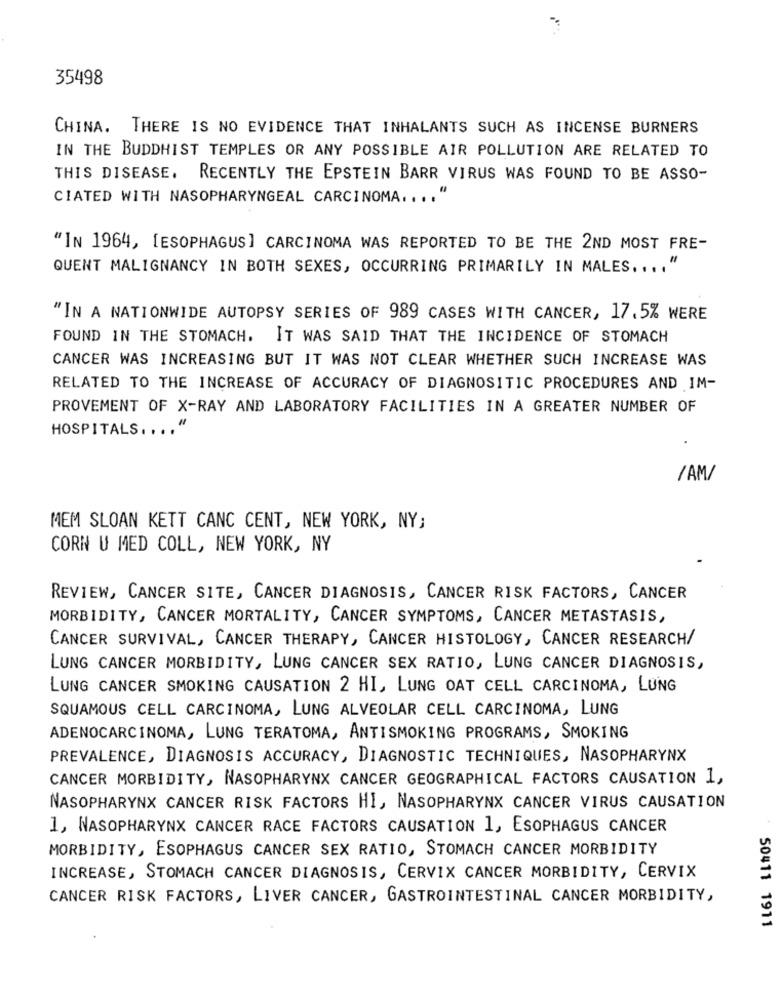
35498
CHINA. THERE IS NO EVIDENCE THAT INHALANTS SUCH AS INCENSE BURNERS
IN THE BUDDHIST TEMPLES OR ANY POSSIBLE AIR POLLUTION ARE RELATED TO
THIS DISEASE. RECENTLY THE EPSTEIN BARR VIRUS WAS FOUND TO BE ASSO-
CIATED WITH NASOPHARYNGEAL CARCINOMA .... "
"IN 1964, [ESOPHAGUS] CARCINOMA WAS REPORTED TO BE THE 2ND MOST FRE-
QUENT MALIGNANCY IN BOTH SEXES, OCCURRING PRIMARILY IN MALES. ... "
"IN A NATIONWIDE AUTOPSY SERIES OF 989 CASES WITH CANCER, 17.5% WERE
FOUND IN THE STOMACH. IT WAS SAID THAT THE INCIDENCE OF STOMACH
CANCER WAS INCREASING BUT IT WAS NOT CLEAR WHETHER SUCH INCREASE WAS
RELATED TO THE INCREASE OF ACCURACY OF DIAGNOSITIC PROCEDURES AND IM-
PROVEMENT OF X-RAY AND LABORATORY FACILITIES IN A GREATER NUMBER OF
HOSPITALS .... "
/AM/
MEM SLOAN KETT CANC CENT, NEW YORK, NY;
CORN U MED COLL, NEW YORK, NY
REVIEW, CANCER SITE, CANCER DIAGNOSIS, CANCER RISK FACTORS, CANCER
MORBIDITY, CANCER MORTALITY, CANCER SYMPTOMS, CANCER METASTASIS,
CANCER SURVIVAL, CANCER THERAPY, CANCER HISTOLOGY, CANCER RESEARCH/
LUNG CANCER MORBIDITY, LUNG CANCER SEX RATIO, LUNG CANCER DIAGNOSIS,
LUNG CANCER SMOKING CAUSATION 2 HI, LUNG OAT CELL CARCINOMA, LUNG
SQUAMOUS CELL CARCINOMA, LUNG ALVEOLAR CELL CARCINOMA, LUNG
ADENOCARCINOMA, LUNG TERATOMA, ANTISMOKING PROGRAMS, SMOKING
PREVALENCE, DIAGNOSIS ACCURACY, DIAGNOSTIC TECHNIQUES, NASOPHARYNX
CANCER MORBIDITY, NASOPHARYNX CANCER GEOGRAPHICAL FACTORS CAUSATION 1,
NASOPHARYNX CANCER RISK FACTORS HI, NASOPHARYNX CANCER VIRUS CAUSATION
1, NASOPHARYNX CANCER RACE FACTORS CAUSATION 1, ESOPHAGUS CANCER
MORBIDITY, ESOPHAGUS CANCER SEX RATIO, STOMACH CANCER MORBIDITY
INCREASE, STOMACH CANCER DIAGNOSIS, CERVIX CANCER MORBIDITY, CERVIX
CANCER RISK FACTORS, LIVER CANCER, GASTROINTESTINAL CANCER MORBIDITY,
50411 1911